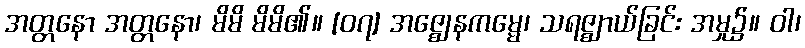
အတ္တနော အတ္တနော၊ မိမိ မိမိ၏။ [၀၇] အဇ္ဈေနကမ္မေ၊ သရဇ္ဈာယ်ခြင်း အမှု၌။ ဝါ၊